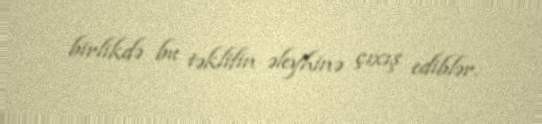
birlikdə bu təklifin əleyhinə çıxış ediblər.